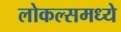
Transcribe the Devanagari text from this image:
लोकल्समध्ये